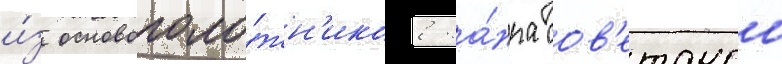
и́з основополо́жн'иков жа́нра сов'етскои